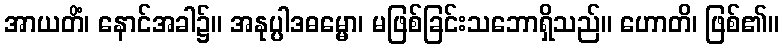
အာယတိံ၊ နောင်အခါ၌။ အနုပ္ပါဒဓမ္မော၊ မဖြစ်ခြင်းသဘောရှိသည်။ ဟောတိ၊ ဖြစ်၏။